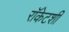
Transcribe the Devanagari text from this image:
रॉकेटशी